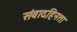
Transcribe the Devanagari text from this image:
संवादहिनता